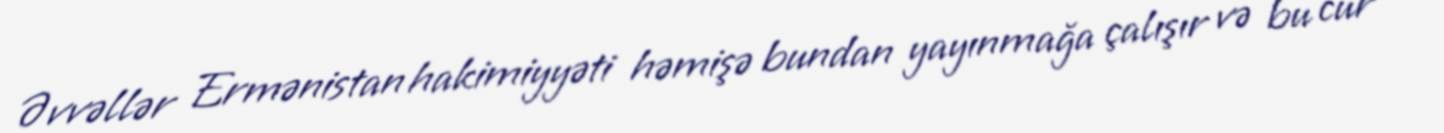
Əvvəllər Ermənistan hakimiyyəti həmişə bundan yayınmağa çalışır və bu cür